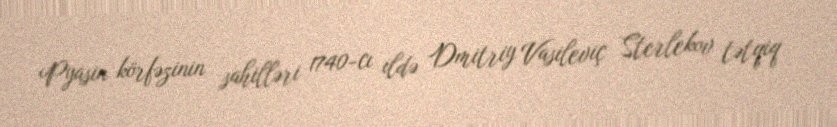
Pyasin körfəzinin sahilləri 1740-cı ildə Dmitriy Vasileviç Sterlekov tətqiq